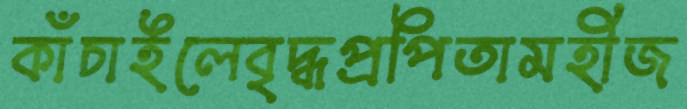
কাঁচাইলেবৃদ্ধপ্রপিতামহীজ